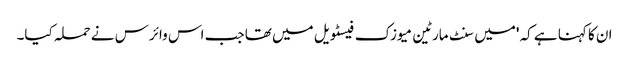
ان کا کہنا ہے کہ 'میں سنٹ مارٹین میوزک فیسٹویل میں تھا جب اس وائرس نے حملہ کیا۔